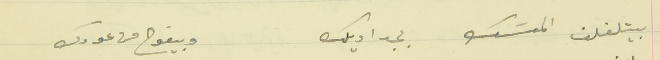
بيتلفلف المسَك بجداويلك                                وبيفوح من عودك